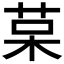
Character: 𰱅